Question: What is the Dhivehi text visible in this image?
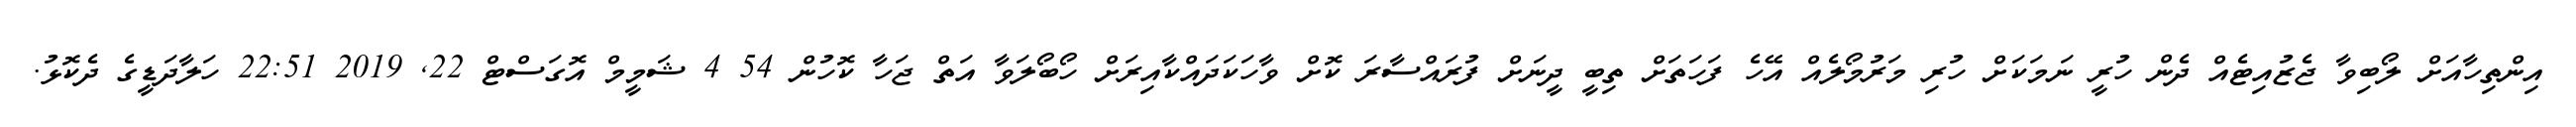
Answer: އިންތިހާއަށް ލޯބިވާ ޖެޒުއިޓެއް ދެން ހުރީ ނަމަކަށް ހުރި މަރުމޯލެއް އޭހެ ފަހަތަށް ތިބީ ދީނަށް ފުރައްސާރަ ކޮށް ވާހަކަދައްކާއިރަށް ހޯބޯލަވާ އަތް ޖަހާ ކޮހުން 54 4 ޝަމީމް އޮގަސްޓް 22, 2019 22:51 ހަލާދަޑީގެ ދެކޮޅު.